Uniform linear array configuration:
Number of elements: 12
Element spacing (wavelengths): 0.25
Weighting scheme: binomial
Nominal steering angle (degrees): -60
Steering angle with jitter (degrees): -61.131
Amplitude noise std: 0.05
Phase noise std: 0.05

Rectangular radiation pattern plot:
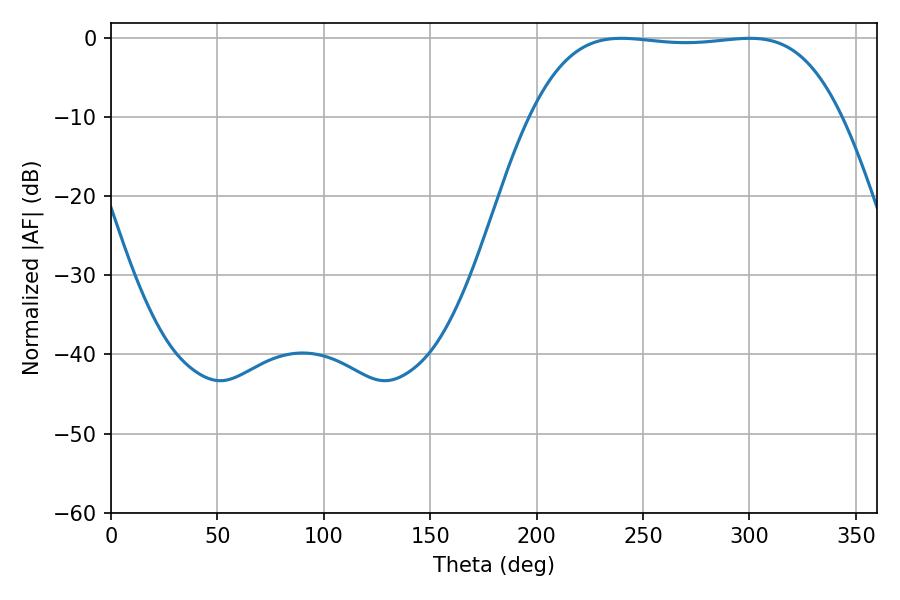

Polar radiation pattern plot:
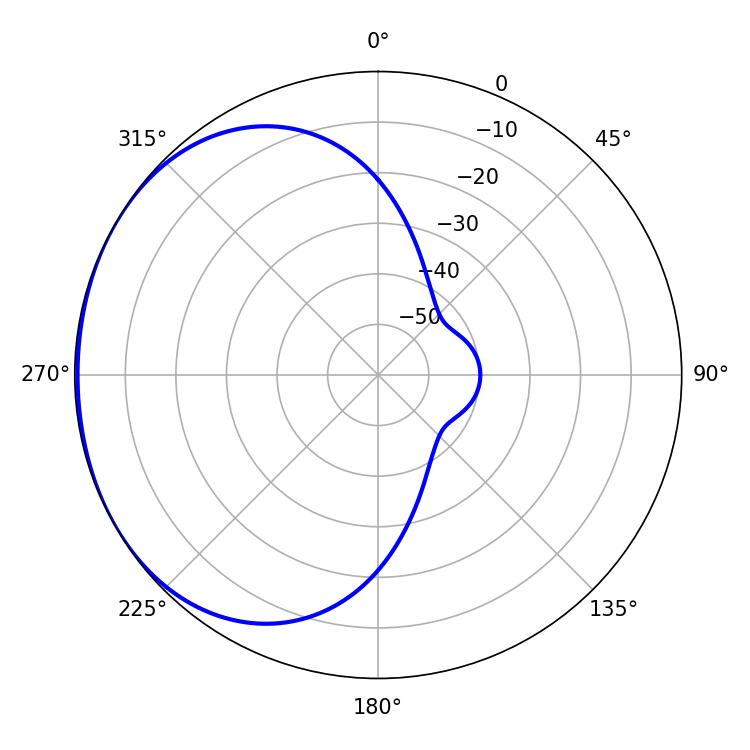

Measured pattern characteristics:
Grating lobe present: FALSE
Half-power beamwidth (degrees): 113.76
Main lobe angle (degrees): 239.76